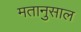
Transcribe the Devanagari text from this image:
मतानुसाल